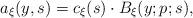
LaTeX: \begin{align*}a_{\xi}(y,s)=c_{\xi}(s)\cdot B_{\xi}(y;p;s),\end{align*}